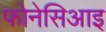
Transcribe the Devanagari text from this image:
फोनेसिआइ